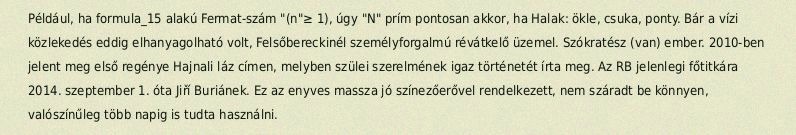
Például, ha formula_15 alakú Fermat-szám "(n"≥ 1), úgy "N" prím pontosan akkor, ha Halak: ökle, csuka, ponty. Bár a vízi közlekedés eddig elhanyagolható volt, Felsőbereckinél személyforgalmú révátkelő üzemel. Szókratész (van) ember. 2010-ben jelent meg első regénye Hajnali láz címen, melyben szülei szerelmének igaz történetét írta meg. Az RB jelenlegi főtitkára 2014. szeptember 1. óta Jiří Buriánek. Ez az enyves massza jó színezőerővel rendelkezett, nem száradt be könnyen, valószínűleg több napig is tudta használni.